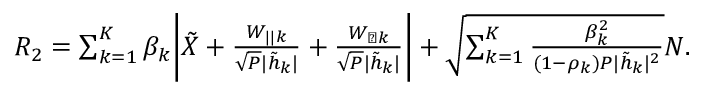
\begin{array} { r } { { { { R } } _ { 2 } } = \sum _ { k = 1 } ^ { K } \beta _ { k } \bigg | { { \tilde { X } } } + \frac { { { { W } _ { | | k } } } } { \sqrt { P } { | \tilde { h } _ { k } | } } + \frac { { { { W } _ { \perp k } } } } { \sqrt { P } { | \tilde { h } _ { k } | } } \bigg | + \sqrt { \sum _ { k = 1 } ^ { K } \frac { \beta _ { k } ^ { 2 } } { ( 1 - \rho _ { k } ) P | \tilde { h } _ { k } | ^ { 2 } } } { N } . } \end{array}